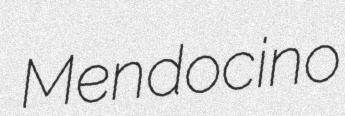
Mendocino